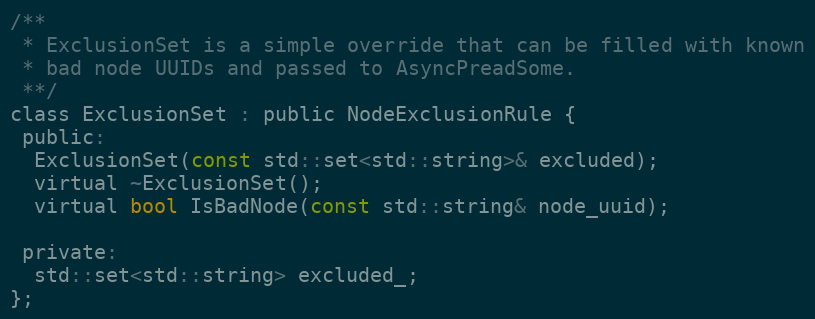
Language: C
/**
 * ExclusionSet is a simple override that can be filled with known
 * bad node UUIDs and passed to AsyncPreadSome.
 **/
class ExclusionSet : public NodeExclusionRule {
 public:
  ExclusionSet(const std::set<std::string>& excluded);
  virtual ~ExclusionSet();
  virtual bool IsBadNode(const std::string& node_uuid);

 private:
  std::set<std::string> excluded_;
};